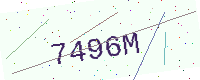
Text: 7496M